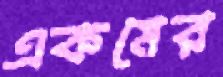
একমের